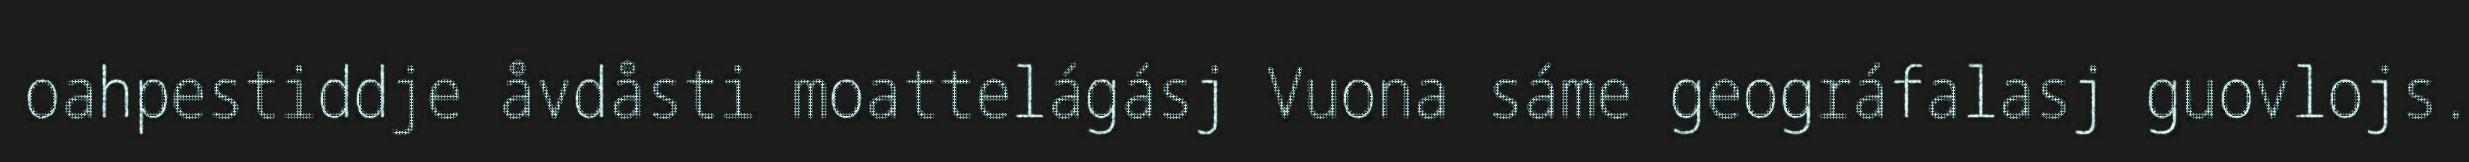
oahpestiddje åvdåsti moattelágásj Vuona sáme geográfalasj guovlojs.